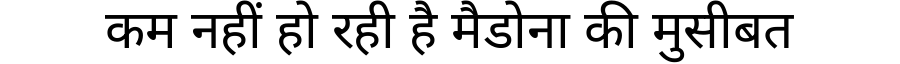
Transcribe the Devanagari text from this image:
कम नहीं हो रही है मैडोना की मुसीबत